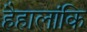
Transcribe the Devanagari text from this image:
हैहालांकि